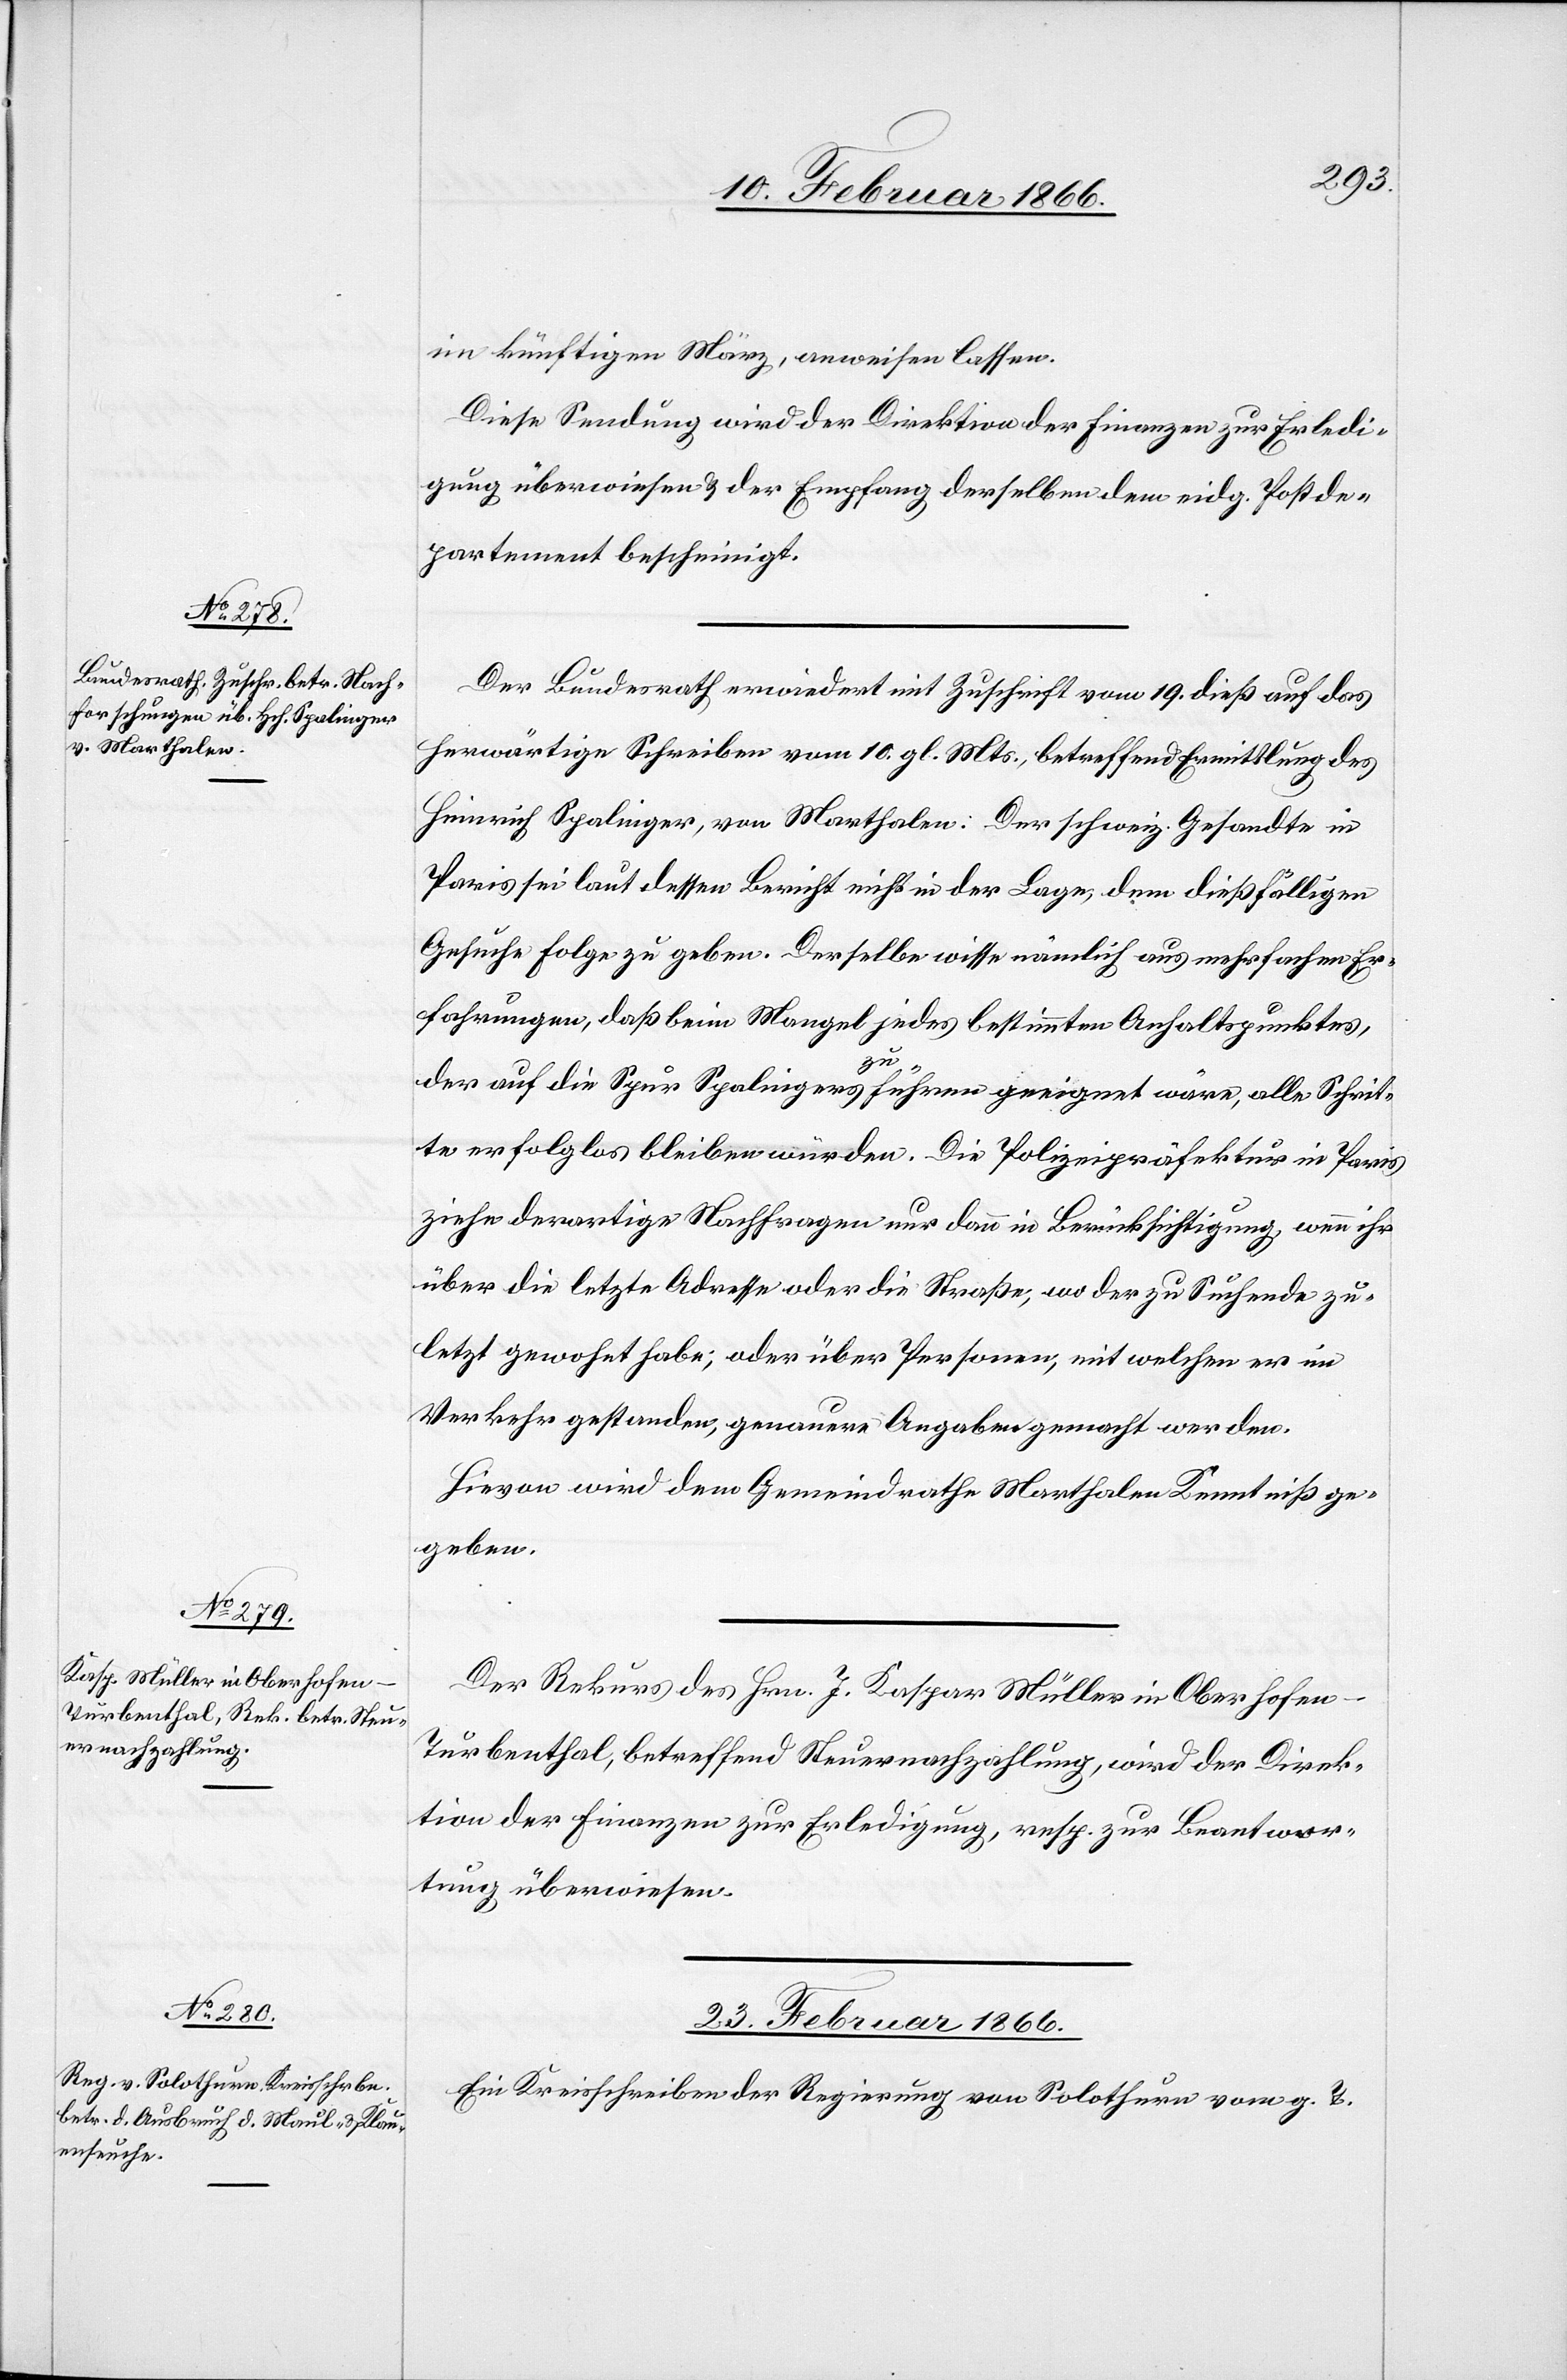
im künftigen März, anweisen lassen.
Diese Sendung wird der Direktion der Finanzen zur Erledi¬
gung überwiesen u. der Empfang derselben dem eidg. Postde¬
partement bescheinigt.
Der Bundesrath erwiedert mit Zuschrift vom 19. dieß auf das
herwärtige Schreiben vom 10. gl. Mts., betreffend Ermittlung des
Heinrich Spalinger, von Marthalen: Der schweiz. Gesandte in
Paris sei laut Bericht nicht in der Lage, dem dießfälligen
Gesuch folge zu geben. Derselbe wisse nämlich aus mehrfachen Er¬
fahrungen, daß beim Mangel jedes bestimmten Anhaltspunktes,
der auf die Spur Spalingers zu führen geeignet wäre, alle Schrit¬
te erfolglos bleiben würden. Die Polizeipräfektur in Paris
ziehe derartige Nachfragen nur dann in Berücksichtigung, wenn ihr
über die letzte Adresse oder die Straße, wo der Suchende zu¬
letzt gewohnt habe; oder über Personen, mit welchen er im
Verkehr gestanden, genauere Angaben gemacht werden.
Hievon wird dem Gemeindrathe Marthalen Kenntniß ge¬
geben.
Der Rekurs des Hrn. J. Kaspar Müller in Oberhohen -
Turbenthal, betreffend Steuernachzahlung, wird der Direk¬
tion der Finanzen zur Erledigung, resp. zur Beantwor¬
tung überwiesen.
23. Februar 1866.
Ein Kreisschreiben der Regierung von Solothurn vom g. T.